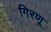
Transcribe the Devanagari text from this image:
गिरणू